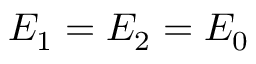
E _ { 1 } = E _ { 2 } = E _ { 0 }